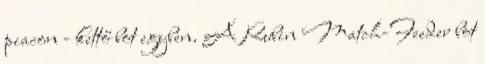
piacon - kettő bot egyben. A Rubin Match-Feeder bot